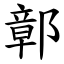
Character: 鄣